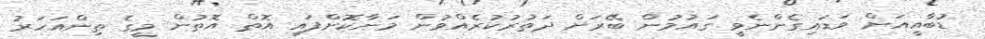
ޑުބާއީއަށް ވަޑައިގެންނެވީ ގައުމުން ބޭރަށް ދަތުރުކުރެއްވުން މަނާކޮށްފައި އޮތް އޮތުން މީގެ ތިންއަހަރު